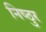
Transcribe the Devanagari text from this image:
निष्‍ठुर